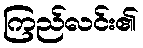
ကြည်လင်း၏